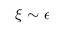
\xi \sim \epsilon